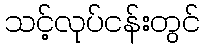
သင့်လုပ်ငန်းတွင်